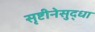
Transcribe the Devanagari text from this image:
सृष्टीनेसुद्धा